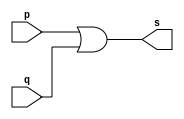
// -------------------------
// Exemplo0004 - OR 
// Nome: Thaise Souto Martins
// ------------------------- 
 
// ------------------------- 
// -- or gate 
// ------------------------- 
module orgate ( output s, 
                            input   p, q); 
 assign s = p | q; 
endmodule // orgate 
 
// --------------------- 
// -- test or gate 
// --------------------- 
module testorgate; 
// ------------------------- dados locais 
   reg   a, b; // definir registradores 
   wire  s;    // definir conexao (fio) 
// ------------------------- instancia 
   orgate OR1 (s, a, b); 
// ------------------------- preparacao 
   initial begin:start 
      a=0; b=0; 
   end 
 
 // ------------------------- parte principal 
 
   initial begin 
      $display("Exemplo0004 -  Thaise Souto Martins - 395504");
      $display("Test OR gate"); 
      $display("\na | b = s\n"); 
      a=0; b=0; 
  #1  $display("%b | %b = %b", a, b, s); 
      a=0; b=1; 
  #1  $display("%b | %b = %b", a, b, s); 
      a=1; b=0; 
  #1  $display("%b | %b = %b", a, b, s); 
      a=1; b=1; 
  #1  $display("%b | %b = %b", a, b, s); 
 end 
 
endmodule // testorgate 
// Sadas
    // Exemplo0004 -  Thaise Souto Martins - 395504
    // Test OR gate
    // 
    // a | b = s
    // 
    // 0 | 0 = 0
    // 0 | 1 = 1
    // 1 | 0 = 1
    // 1 | 1 = 1